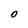
Character: O